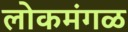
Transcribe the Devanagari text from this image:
लोकमंगळ